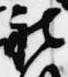
被